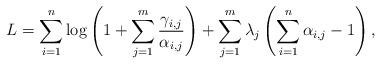
LaTeX: \begin{align*}L= \sum_{i=1}^n \log\left(1+ \sum_{j=1}^{m} \frac{\gamma_{i,j}}{\alpha_{i,j}}\right) + \sum_{j=1}^m \lambda_j\left(\sum_{i=1}^n \alpha_{i,j}-1\right),\end{align*}